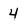
Character: 4